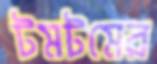
টমটমের